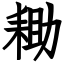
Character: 耡